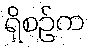
ရှိစဉ်က